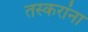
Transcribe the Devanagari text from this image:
तस्करांना